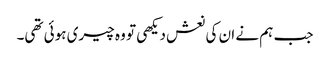
جب ہم نے ان کی نعش دیکھی تو وہ چیری ہوئی تھی۔